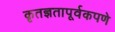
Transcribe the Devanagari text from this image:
कृतज्ञतापूर्वकपणे